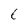
Character: 6